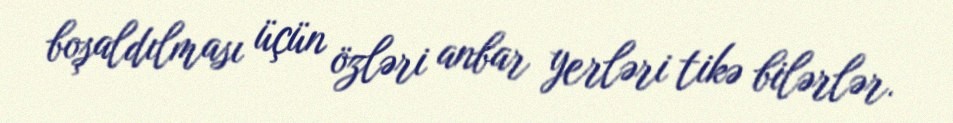
boşaldılması üçün özləri anbar yerləri tikə bilərlər.